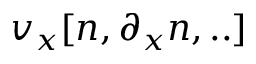
v _ { x } [ n , \partial _ { x } n , . . ]